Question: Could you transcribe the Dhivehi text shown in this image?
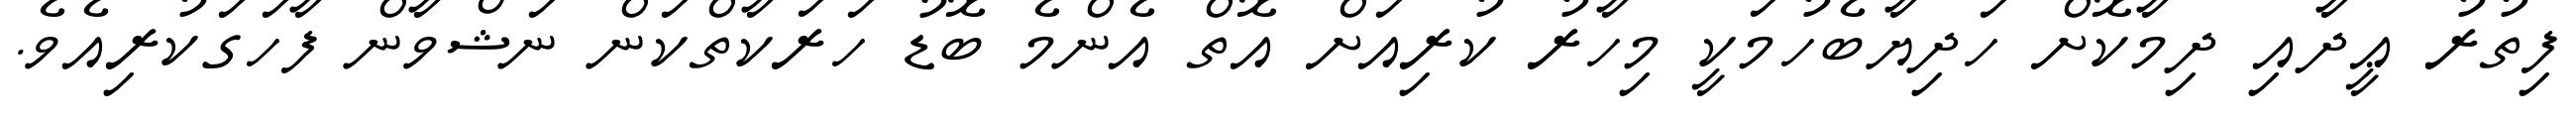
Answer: ފިތުރު ޢީދާއި ދިމާކޮށް ހަދިޔާބެހުމަކީ މިހާރު ކުރިއަށް އޮތް އެންމެ ބޮޑު ހަރަކާތްކަން ނަޝްވާން ފާހަގަކުރިއެވެ.